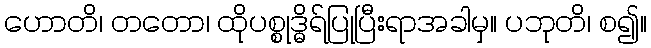
ဟောတိ၊ တတော၊ ထိုပစ္စုဒ္ဓိရ်ပြုပြီးရာအခါမှ။ ပဘုတိ၊ စ၍။